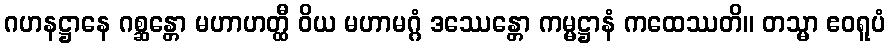
ဂဟနဋ္ဌာနေ ဂစ္ဆန္တော မဟာဟတ္ထီ ဝိယ မဟာမဂ္ဂံ ဒဿေန္တော ကမ္မဋ္ဌာနံ ကထေဿတိ။ တသ္မာ ဧဝရူပံ